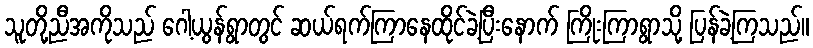
သူတို့ညီအကိုသည် ဂေါ့ယွန်ရွာတွင် ဆယ်ရက်ကြာနေထိုင်ခဲ့ပြီးနောက် ကြိုးကြာရွာသို့ ပြန်ခဲ့ကြသည်။